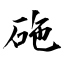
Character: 砤